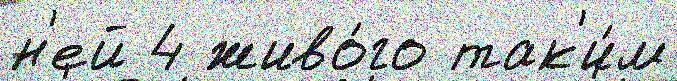
н'ей 4 живо́го так'и́м